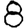
Digit: 8